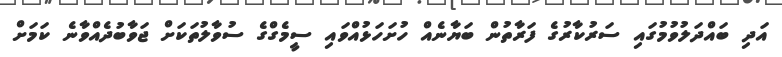
އަދި ބައްދަލުވުމުގައި ސަރުކާރުގެ ފަރާތުން ބަޔާނެއް ހުށަހަޅުއްވައި ސީމެގްގެ ސުވާލުތަކަށް ޖަވާބުދެއްވާނެ ކަމަށް